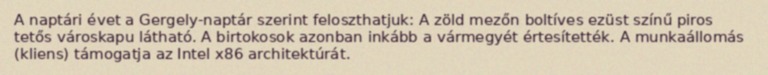
A naptári évet a Gergely-naptár szerint feloszthatjuk: A zöld mezőn boltíves ezüst színű piros tetős városkapu látható. A birtokosok azonban inkább a vármegyét értesítették. A munkaállomás (kliens) támogatja az Intel x86 architektúrát.